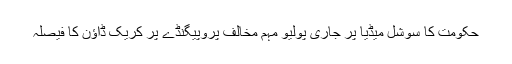
حکومت کا سوشل میڈیا پر جاری پولیو مہم مخالف پروپیگنڈے پر کریک ڈاؤن کا فیصلہ